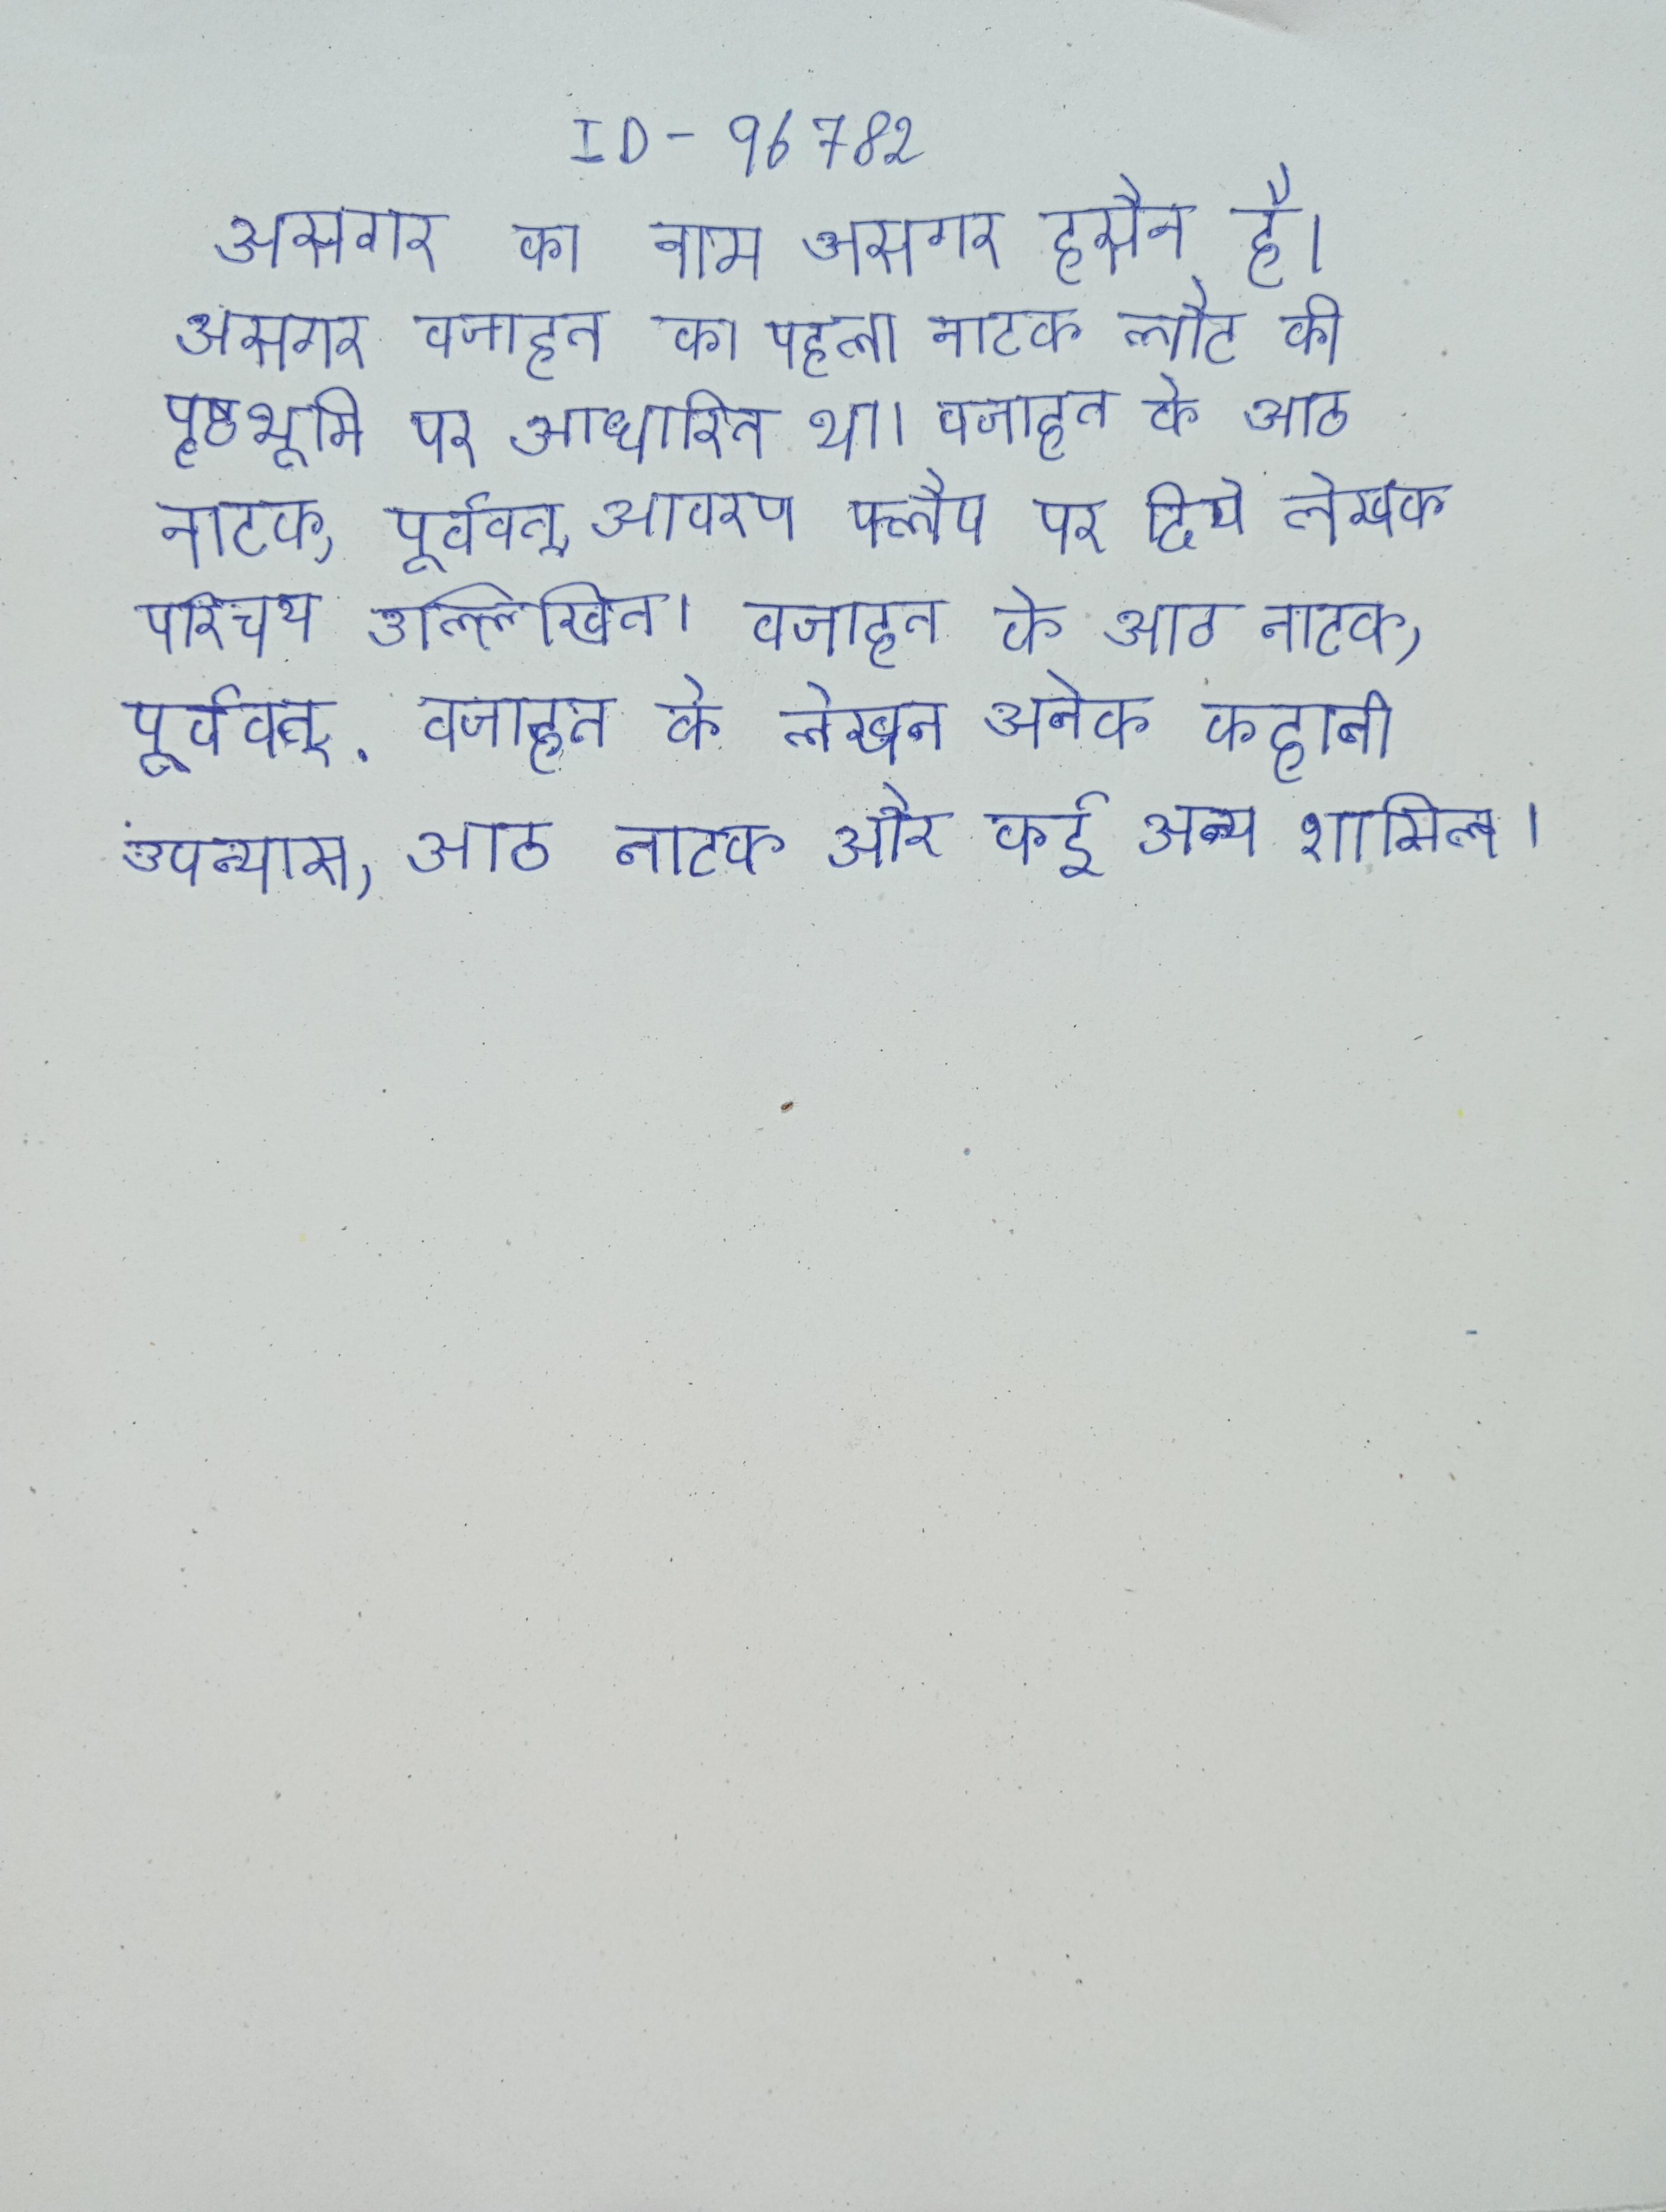
असगर का नाम असगर हुसैन है । असगर वजाहत का पहला नाटक लौट की पृष्ठभूमि पर आधारित था । वजाहत के आठ नाटक, पूर्ववत्, आवरण फ्लैप पर दिये गये लेखक परिचय उल्लिखित । वजाहत के आठ नाटक, पूर्ववत्, . वजाहत के लेखन अनेक कहानी उपन्यास, आठ नाटक और कई अन्य शामिल ।